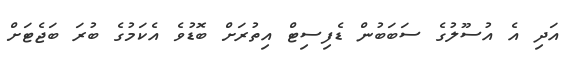
އަދި އެ އުސޫލުގެ ސަބަބުން ޑެފިސިޓް އިތުރަށް ބޮޑުވެ އެކަމުގެ ބުރަ ބަޖެޓަށް